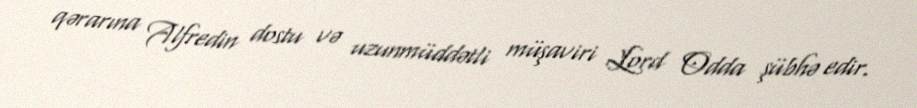
qərarına Alfredin dostu və uzunmüddətli müşaviri Lord Odda şübhə edir.